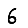
Digit: 6